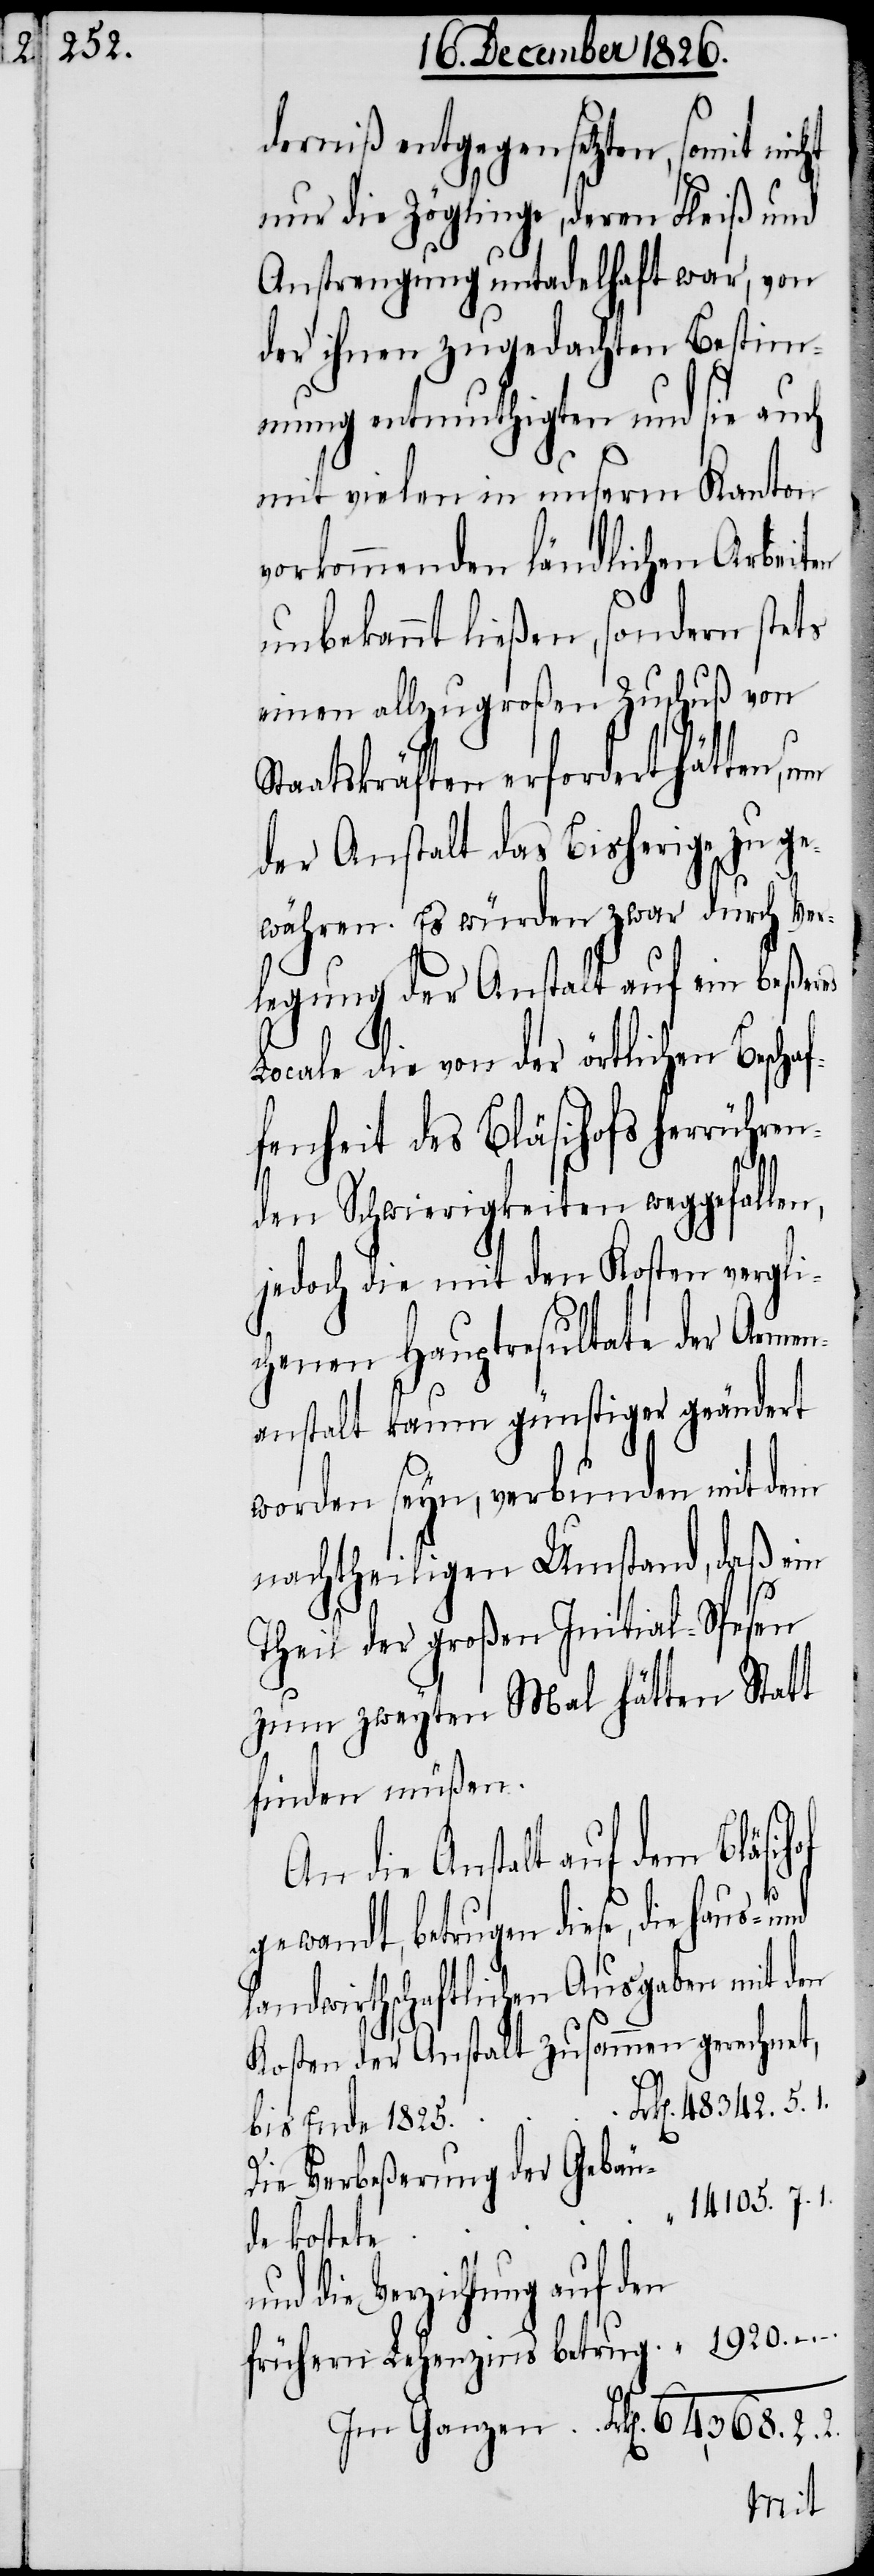
2.

derniß entgegensetzen, somit nicht
nur die Zöglinge, deren Fleiß und
Anstrengung untadelhaft war, von
der ihnen zugedachten Bestim¬
mung entmuthigten und sie auch
mit vielen in unserm Kanton
vorkommenden ländlichen Arbeiten
unbekannt ließen, sondern stets
einen allzugroßen Zuschuß von
Staatskräften erfordert hätten,
der Anstalt das Bisherige zu ge¬
währen. Es würden zwar durch Ver¬
legung der Anstalt auf ein beßeres
Locale die von der örtlichen Beschaf¬
fenheit des Bläsihofs herrühren¬
–.
–.
den Schwierigkeiten weggefallen,
jedoch die mit den Kosten vergli¬
chenen Hauptresultate der Armen¬
anstalt kaum günstiger geändert
worden seyn, verbunden mit dem
nachtheiligen Umstand, daß ein
Theil der großen Initial-Spesen
zum zweyten Mal hätten Statt
finden müßen.
An die Anstalt auf dem Bläsih¬
gewandt, betrugen diese, die
landwirthschaftlichen Ausgaben mit den
Kosten der Anstalt zusammen gerechnet,
k[en]. 48342. 5.
bis Ende 1825.
Die Verbeßerung der Gebäu¬
14105. 7. 1.
de kostete
die Verzichtung auf den
frühern Lehenzins betrug